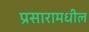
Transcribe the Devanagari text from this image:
प्रसारामधील